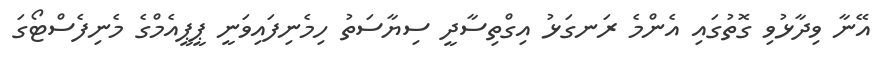
އޭނާ ވިދާޅުވި ގޮތުގައި އެންމެ ރަނގަޅު އިގްތިސާދީ ސިޔާސަތު ހިމެނިފައިވަނީ ޕީޕީއެމްގެ މެނިފެސްޓޯގަ